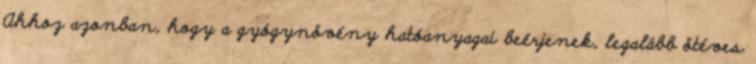
Ahhoz azonban, hogy a gyógynövény hatóanyagai beérjenek, legalább ötéves